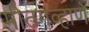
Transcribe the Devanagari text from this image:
मीठगव्हाणे